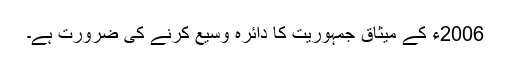
2006ء کے میثاق جمہوریت کا دائرہ وسیع کرنے کی ضرورت ہے۔